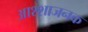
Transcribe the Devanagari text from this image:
आश्शाजनक